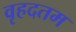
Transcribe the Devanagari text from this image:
वृहदतम